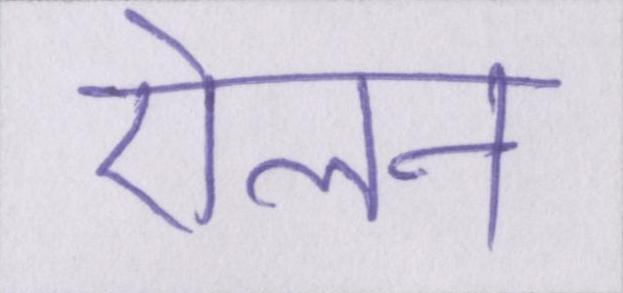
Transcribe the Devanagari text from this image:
ऐलन